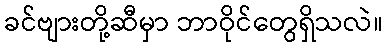
ခင်ဗျားတို့ဆီမှာ ဘာဝိုင်တွေရှိသလဲ။